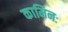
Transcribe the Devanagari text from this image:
कामिनः